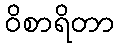
ဝိစာရိတာ